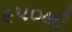
૯૫૦થી